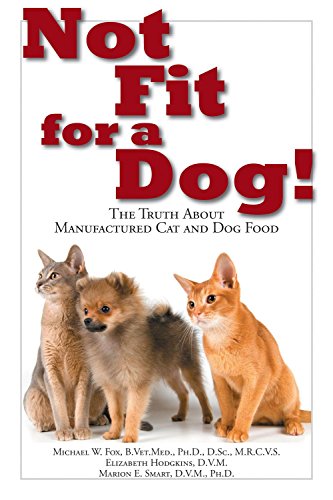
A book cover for Not Fit for a Dog!: The Truth about Manufactured Cat and Dog Food; Michael W Fox; Crafts, Hobbies & Home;